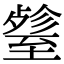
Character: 𦥋